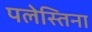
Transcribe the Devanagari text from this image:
पलेस्तिना